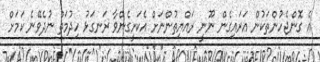
އެ ގޮންޖެހުންތަކުން އަރައިގެން ނޫނީ ރައްޔިތުންނަށް އެކަށީގެންވާ ރަނގަޅު ހިދުމަތް ނުދެވޭނެ ކަމަށް